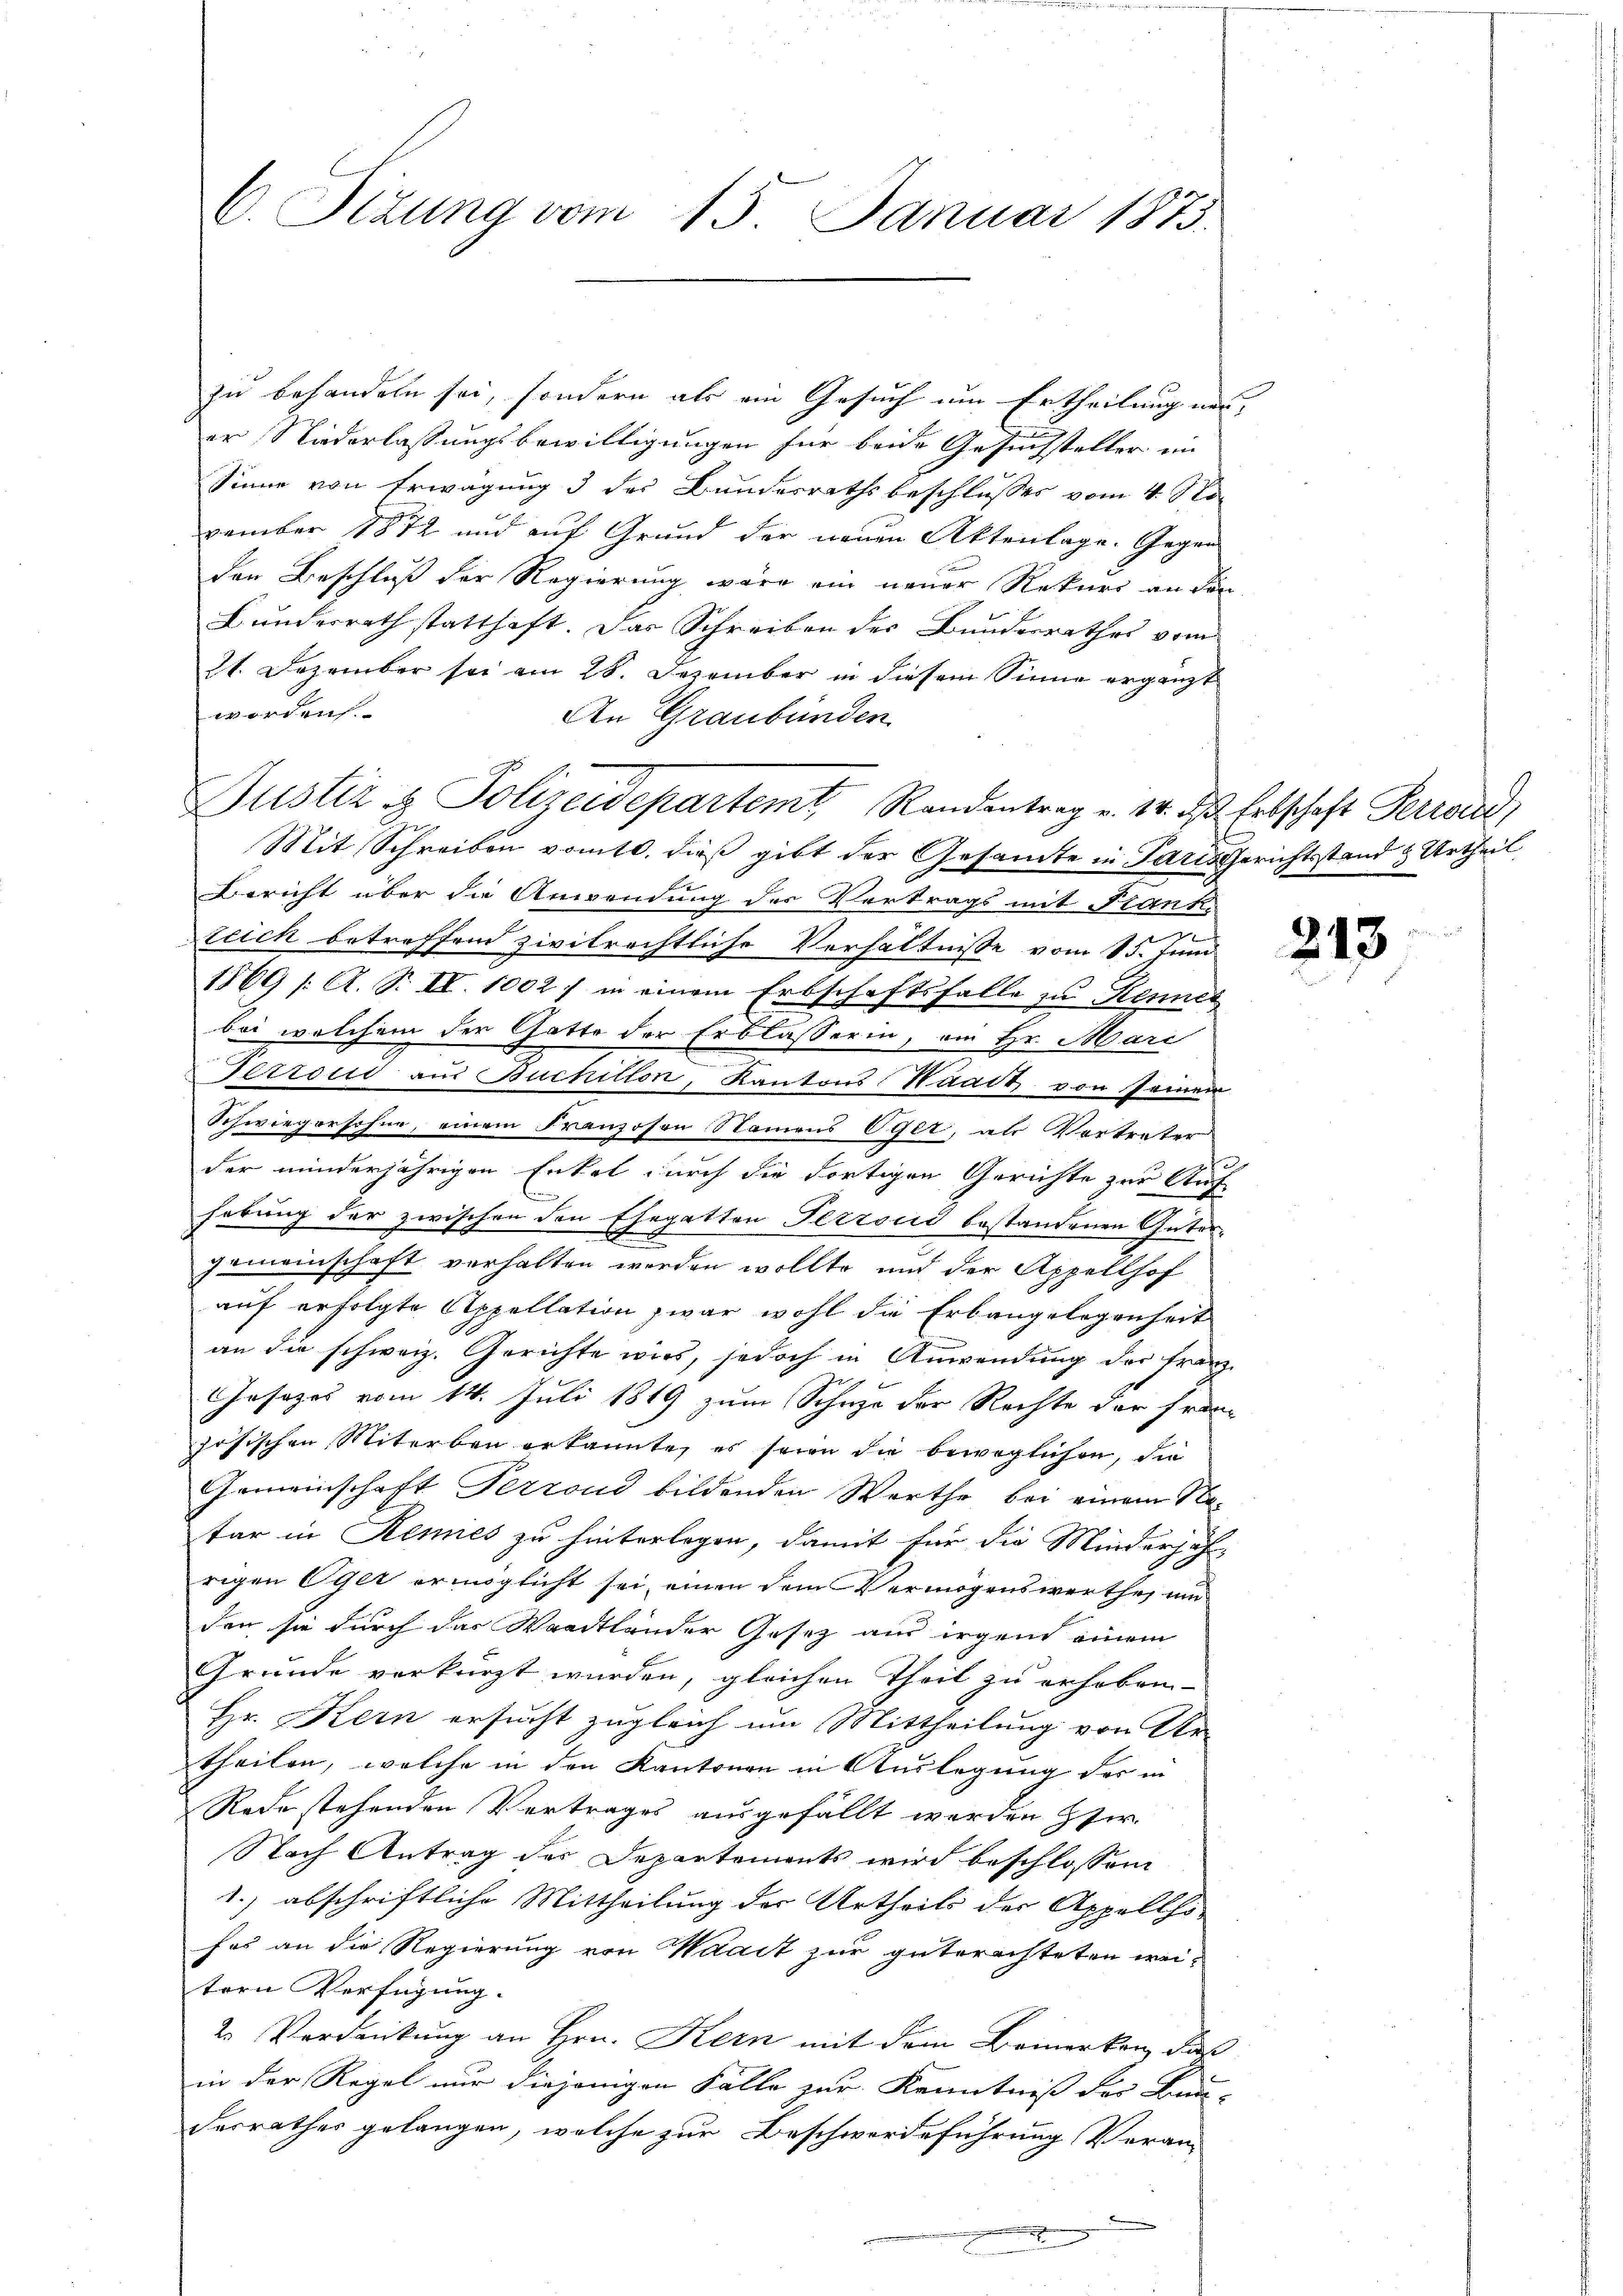
C. Sizung vom 15. Januar 1873.

zu behandeln sei, sondern als ein Gesuch um Ertheilung und
er Niederlassungsbewilligungen für beide Gesuchsteller in
Sinne von Erwägung 3 des Bundesrathsbeschlusses vom 4. No
vember 1872 und auf Grund der neuen Aktenlage. Gegen
den Beschluß der Regierung wäre ein neuer Rekurs an die
Bundesrath statthaft. Das Schreiben des Bunderrathes vom
21. Dezember sei am 28. Dezember in diesem Sinne ergänzt
worden.
An Graubünden
Mit Schreiben vom 10. dieß gibt der Gesamte in Paris Gerichtsstand & Urtheil
Bericht über die Anwendung des Vertrags mit Stank-
zeich betreffend zivilrechtliche Verhältniße vom 15. Juni
1869 /: A. S. II. 1002 / in einem Erbschaftsfalle zu Kennes
bei welchem der Gatte der Erblasserin, an Hr. Mari
Terrond aus Buchitton, Kantons Haart von seinen
Schwiegersohne, einem Franzosen Namens Eger, als Vortreter
f
der minderjährigen Enkel durch die dortigen Gerichte zur Auf-
habung der zwischen den Ehegatten Terrović bestandenen Güter-
gemeinschaft verhalten werden wollte und der Appellhof
auf erfolgte Appellation zwar wohl die Erlangelegenheit
an die schweiz. Gerichte wird, jedoch in Anwendung der Franz
Gesezes vom 14. Juli 1819 zum Schuze der Rechte der Franz
zösischen Miterbau erkannte, es seien die beweglichen, die
Gemeinschaft Perrond bildenden Werthe bei einem Natar in Remies zu hinterlegen, damit für die Minderjähr-
rigen Eger ermöglicht sei, einen dem Vermögenswerthei um
den sie durch das Waadtländer Gesez aus irgend einem
Grunde verkürzt wurden, gleichen Theil zu erhoben-
Hr. Kern ersucht zugleich um Mittheilung von Ur
theilen, welche in den Kantonen in Auslegung des in
Rede stehenden Vertrages ausgefällt werden Her
Nach Antrag der Departements wird beschlossen
1.) abschriftliche Mittheilung der Urtheils der Appellho-
fes an die Regierung von Waadt zur guterachteten wei-
tern Verfügung.
2. Verdankung an Hrn. Kern mit dem Bemerken, das
in der Regel nur diejenigen Fälle zur Kenntniß der Bau-
derrathes gelangen, welche zur Beschwerdeführung Voran-
.

Justiz & Polizeidepartemt Randentrag v. 14. d. Erbschaft Perroit,